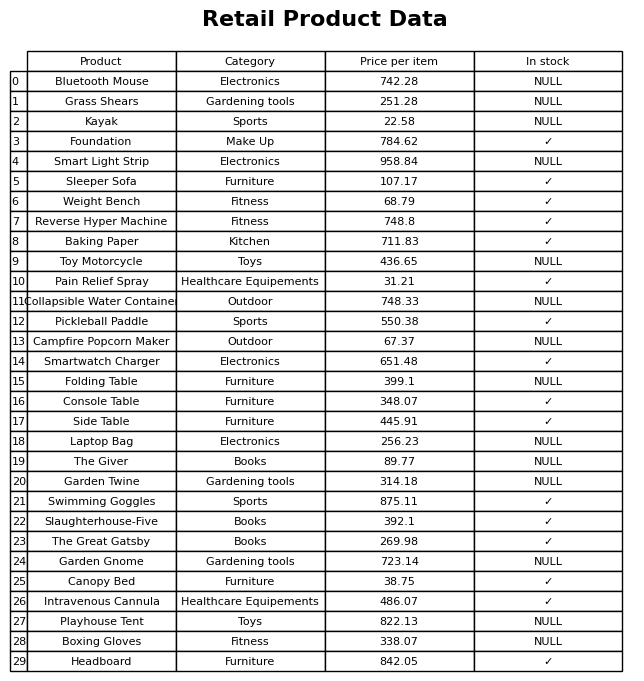
question: What is the price of the Folding Table?
answer: The price of Folding Table is 399.1.